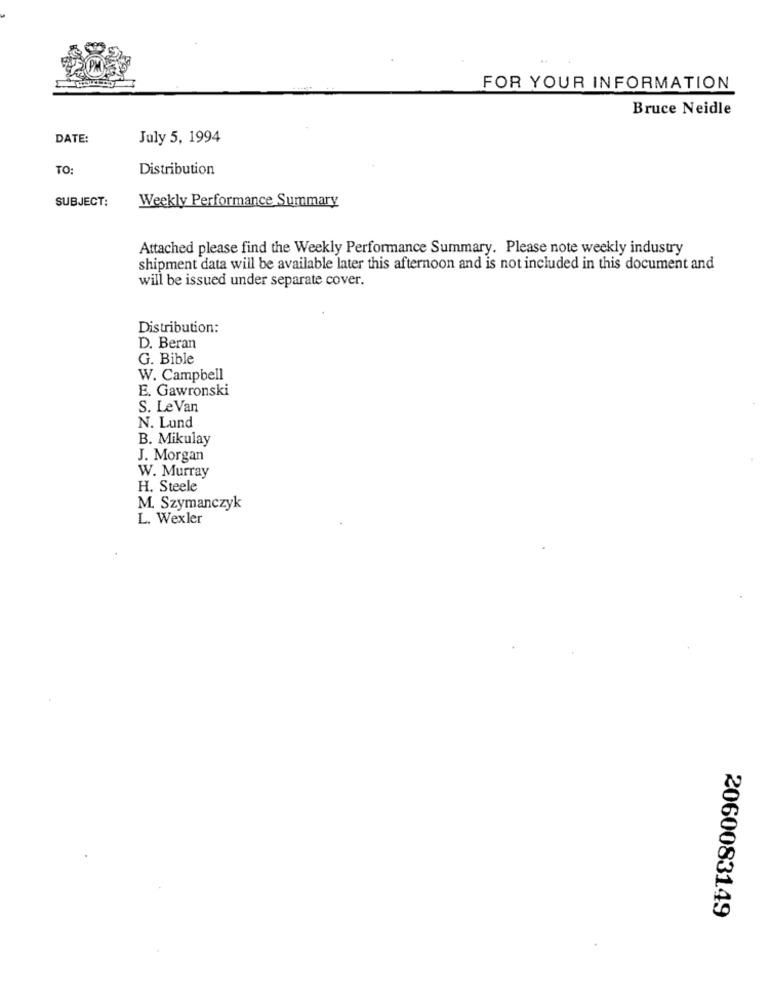
FOR YOUR INFORMATION
Bruce Neidle
DATE:
July 5, 1994
TO:
Distribution
SUBJECT:
Weekly Performance Summary
Attached please find the Weekly Performance Summary. Please note weekly industry
shipment data will be available later this afternoon and is not included in this document and
will be issued under separate cover.
Distribution:
D. Beran
G. Bible
W. Campbell
E. Gawronski
S. Le Van
N. Lund
B. Mikulay
J. Morgan
W. Murray
H. Steele
M. Szymanczyk
L. Wexler
2060083149